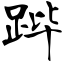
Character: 跸